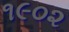
૧૯૦૨